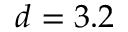
d = 3 . 2